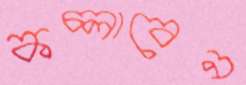
কচ্‌লাবেন